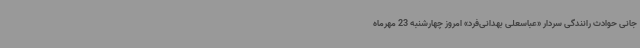
جانی حوادث رانندگی سردار «عباسعلی بهدانی‌فرد» امروز چهارشنبه 23 مهرماه